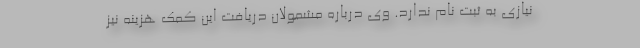
نیازی به ثبت نام ندارد. وی درباره مشمولان دریافت این کمک هزینه نیز